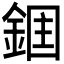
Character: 𮢉